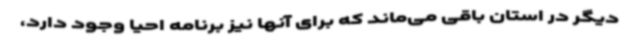
دیگر در استان باقی می‌ماند که برای آنها نیز برنامه‌ احیا وجود دارد،